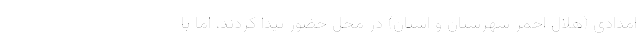
امدادی (هلال احمر شهرستان و استان) در محل حضور پیدا کردند، اما با